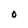
Character: O